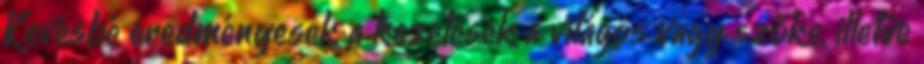
Kevésbé eredményesek a kezelések a világos vagy szőke, illetve